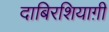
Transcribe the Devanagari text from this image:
दाबिरशियाग़ी